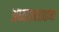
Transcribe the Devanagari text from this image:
अध्यात्मवाद्यांना